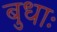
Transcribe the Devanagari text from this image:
बुधाः